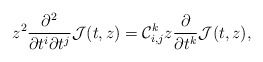
\begin{align*}z^2\frac{\partial^2}{\partial t^i \partial t^j} \mathcal{J}(t,z)=\mathcal{C}_{i,j}^kz\frac{\partial}{\partial t^k} \mathcal{J}(t,z),\end{align*}